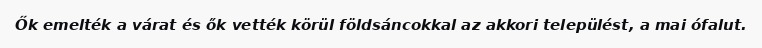
Ők emelték a várat és ők vették körül földsáncokkal az akkori települést, a mai ófalut.